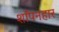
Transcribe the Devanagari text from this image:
शॉपनहार